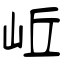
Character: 岴